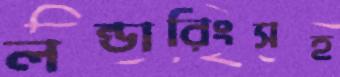
লন্ডারিংসহ